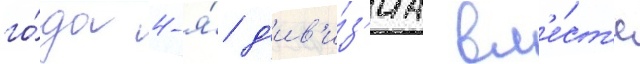
го́да 4-я́ д'ив'и́з'иа вм'е́ст'е